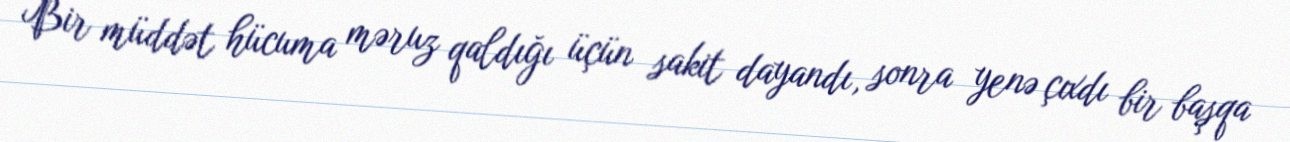
Bir müddət hücuma məruz qaldığı üçün sakit dayandı, sonra yenə çıxdı bir başqa